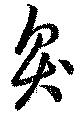
臭